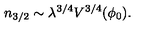
n _ { 3 / 2 } \sim \lambda ^ { 3 / 4 } V ^ { 3 / 4 } ( \phi _ { 0 } ) .